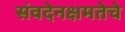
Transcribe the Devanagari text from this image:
संवदेनक्षमतेचे